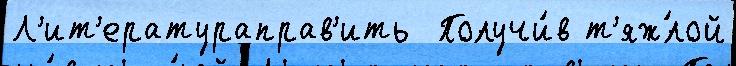
Л'ит'ератураправ'ить  Получи́в т'яж́лой